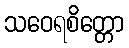
သဝေရစိတ္တော